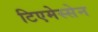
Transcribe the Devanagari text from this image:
टिएमेस्सेन